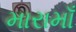
મારામાઁ